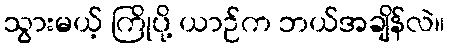
သွားမယ့် ကြိုပို့ ယာဉ်က ဘယ်အချိန်လဲ။